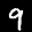
Label: 9